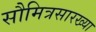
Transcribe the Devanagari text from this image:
सौमित्रसारख्या